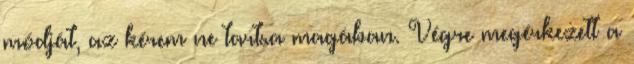
módját, az kérem ne tartsa magában. Végre megérkezett a